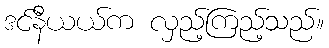
ဒင်နီယယ်က လှည့်ကြည့်သည်။